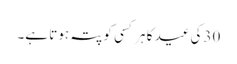
30کی عید کا ہر کسی کو پتہ ہوتا ہے۔